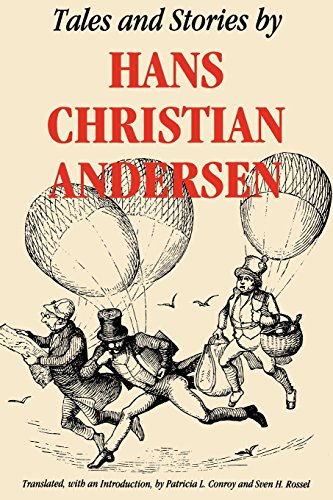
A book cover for Tales and Stories by Hans Christian Andersen; Hans Christian Andersen; Children's Books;